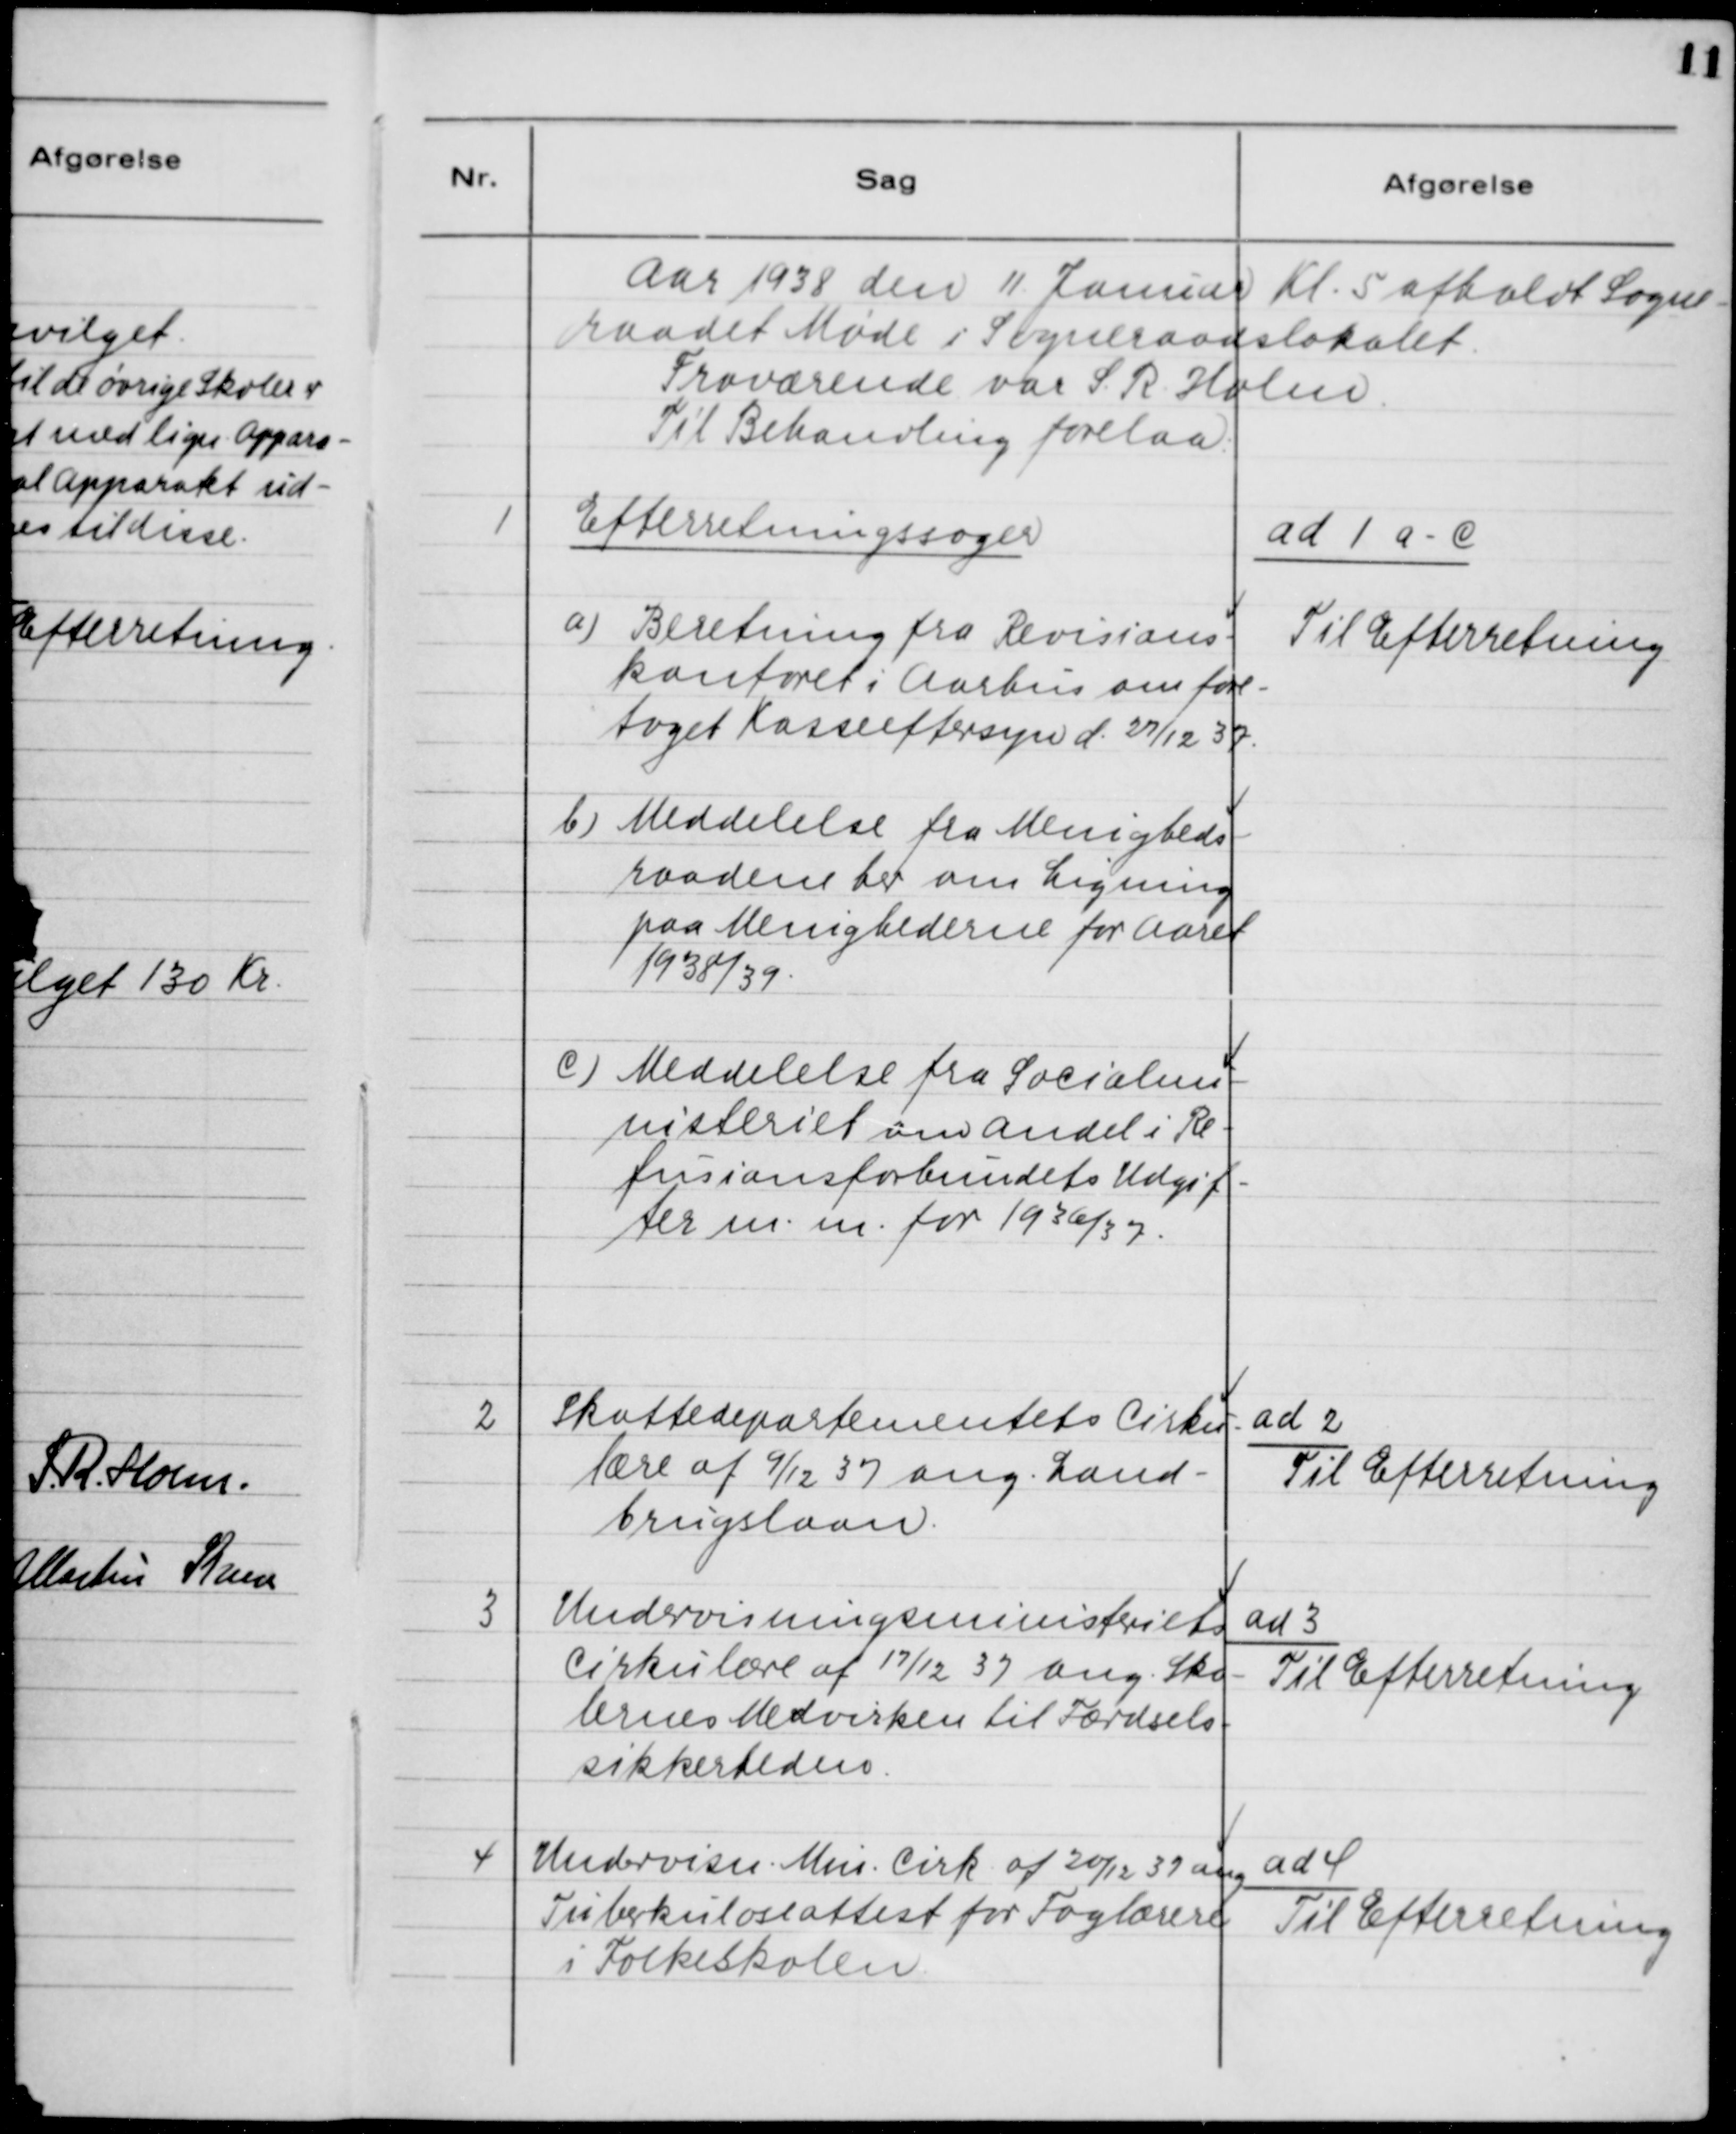
Transskription:
Aar 1938 den 11. Januar Kl. 5 afholdt Sogne-
raadet Møde i Sogneraadslokalet.
Fraværende fra S. R. Holm
Til Behandling forelaa:

1. Efterretningssager.
a) Beretning fra Revisions-
kontoret i Aarhus om fore-
taget Kasseeftersyn d. 27/12 37.
b) Meddelelse fra Menigheds-
raadene her om Ligning
paa Menighederne for Aaret
1938/39.
c) Meddelelse fra Socialmi-
nisteriet om Andel i Re-
fusionsforbundets Udgif-
ter m.m. for 1936/37.

ad 1 a - c.
Til Efterretning.

2 Skattedepartementets Cirku-
lære af 9/12 37 ang.
Landbrugslaan.

ad 2.
Til Efterretning.

3. Undervisningsministeriets
Cirkulære af 17/12 37 ang. Sko-
lernes Medvirken til Færdsels-
sikkerheden.

ad 3.
Til Efterretning.

4. Undervisn. Min. Cirk. af 20/12 37 ang.
Tuberkuloseattest for Faglærere
i Folkeskolen.

ad 4.
Til Efterretning.